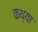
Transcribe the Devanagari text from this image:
कथ्या